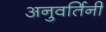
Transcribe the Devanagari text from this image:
अनुवर्तिनी